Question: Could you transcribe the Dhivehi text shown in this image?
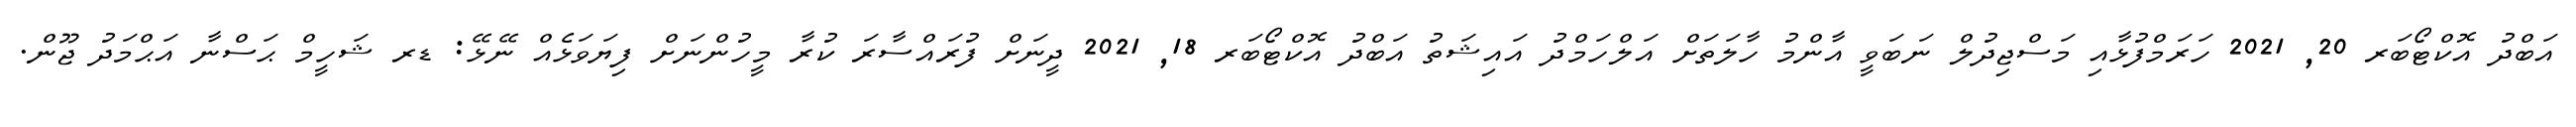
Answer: އަބްދު އޮކްޓޯބަރ 20, 2021 ހަރަމްފުޅާއި މަސްޖިދުލް ނަބަވީ އާންމު ހާލަތަށް އަލްހަމްދު އައިޝަތު އަބްދު އޮކްޓޯބަރ 18, 2021 ދީނަށް ފުރައްސާރަ ކުރާ މީހުންނަށް ފިޔަވަޅެއް ނޭޅޭ: ޑރ ޝަހީމް ޙަސްނާ އަޙްމަދު ޖޫން.